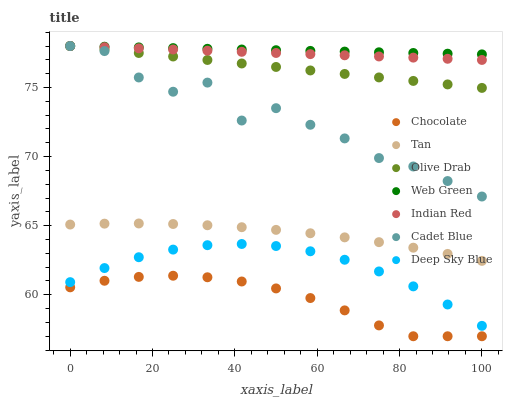
| xaxis_label | Chocolate | Tan | Olive Drab | Web Green | Indian Red | Cadet Blue | Deep Sky Blue |
 | --- | --- | --- | --- | --- | --- | --- | --- |
 | 0 | 60.5 | 65.1 | 78 | 78 | 78 | 78 | 60.9 |
 | 8.33 | 61 | 65.1 | 77.7 | 77.9 | 77.9 | 77.6 | 61.9 |
 | 16.7 | 61.3 | 65.2 | 77.5 | 77.9 | 77.8 | 75.7 | 62.7 |
 | 25 | 61.4 | 65.1 | 77.2 | 77.8 | 77.7 | 74.7 | 63.3 |
 | 33.3 | 61.3 | 65 | 77 | 77.8 | 77.7 | 75.4 | 63.6 |
 | 41.7 | 61 | 64.9 | 76.7 | 77.7 | 77.6 | 72.6 | 63.7 |
 | 50 | 60.5 | 64.7 | 76.5 | 77.7 | 77.5 | 73.5 | 63.5 |
 | 58.3 | 59.8 | 64.5 | 76.2 | 77.6 | 77.4 | 72.3 | 63.1 |
 | 66.7 | 58.9 | 64.2 | 76 | 77.6 | 77.3 | 71.3 | 62.5 |
 | 75 | 57.8 | 63.8 | 75.7 | 77.5 | 77.2 | 69.9 | 61.7 |
 | 83.3 | 57 | 63.4 | 75.5 | 77.5 | 77.2 | 69.3 | 60.6 |
 | 91.7 | 57 | 63 | 75.2 | 77.4 | 77.1 | 68.2 | 59.3 |
 | 100 | 57 | 62.5 | 75 | 77.4 | 77 | 67.1 | 57.8 |